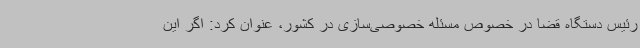
رئیس دستگاه قضا در خصوص مسئله خصوصی‌سازی در کشور، عنوان کرد: اگر این